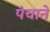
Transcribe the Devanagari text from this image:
पंचाने